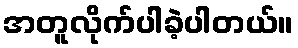
အတူလိုက်ပါခဲ့ပါတယ်။